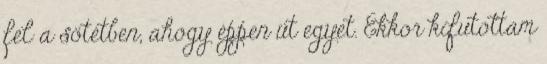
fel a sötétben, ahogy éppen üt egyet. Ekkor kifutottam